Medical and sanitary report of the native army of Madras for the year
Year: 1878
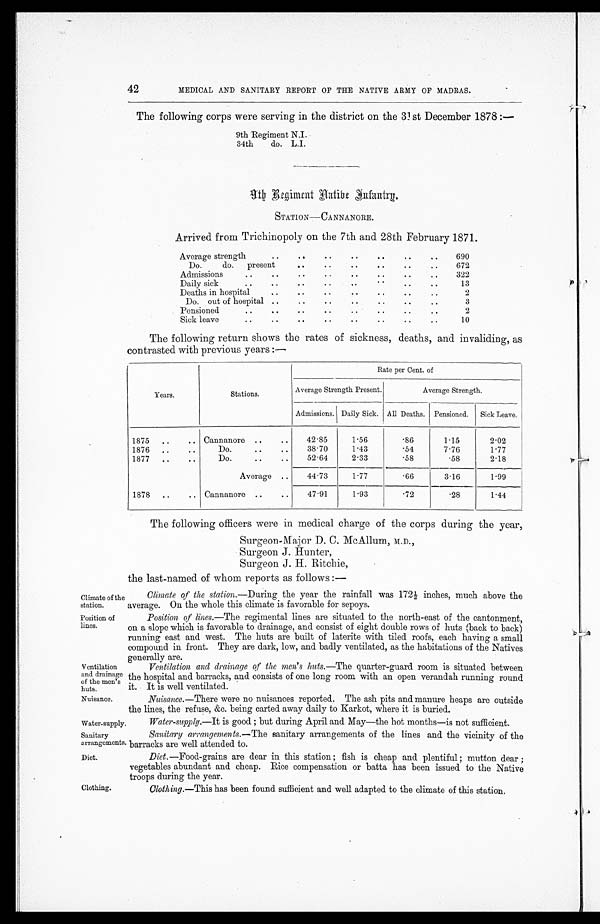
Sanitary
arrangements.
Diet.
Climate of the
station.
Position of
lines.
Ventilation
and drainage
of the men's
huts.
Nuisance.
Water-supply
42
MEDICAL AND SANITARY REPORT OF THE NATIVE ARMY OF MADRAS.
The following corps were serving in the district on the 31st December 1878
:
—
9th Regiment N.I.
3 4 t h d o . L . I .
9 t h R e g i m e n t N a t i v e I n f a n t r y .
STATION
—CANNANORE.
Arrived from Trichinopoly on the 7th and 28th February 1871.
Average strength
..
..
..
..
..
..
..
690
Do.
do.
present
..
..
..
..
.. ..
672
A d m i s s i o n . . .
..
..
..
..
..
..
322
Daily sick
..
. .
..
..
..
..
..
..
13
Deaths in hospital
.. ..
..
..
..
..
..
2
Do. out of hospital .
..
..
..
..
..
..
3
Pensioned
. . . .
..
..
..
..
..
..
2
Sick leave
. . . .
..
..
..
..
..
..
10
The following return shows the rates of sickness, deaths, and invaliding, as
contrasted with previous years :—
Years.
Stations .
Rate per Cent. of
Average Strength Present.
Average Strength.
Admissions. Daily Sick. All Deaths. Pensioned. Sick Leave.
1875 ..
.. Cannanore ..
..
42.85
1.56
.86
1.15
2.02
1876
. . . .
Do . . . . .
38.70
1.43
.54
7.76
1.77
1877 ..
..
Do.
..
..
52.64
2.33
.58
.58
2.18
Average ..
44.73
1.77
.66
3.16
1.99
1878 ..
Cannanore ..
..
47.91
1.93
.72
.28
1.44
The following officers were in medical charge of the corps during the year,
Surgeon-Major D. C. McAllum, M.D.,
Surgeon J. Hunter,
Surgeon J. H. Ritchie,
the last-named of whom reports as follows :
—
Climate of the station.— During the year the rainfall was 172½ inches, much above the
average. On the whole this climate is favorable for sepoys.
Position of lines. —The regimental lines are situated to the north-east of the cantonment,
on a slope which is favorable to drainage, and consist of eight double rows of huts (back to back)
running east and west. The huts are built of laterite with tiled roofs, each having a small
compound in front. They are dark, low, and badly ventilated, as the habitations of the Natives
generally are.
Ventilation and drainage of the men's huts.— The quarter-guard room is situated between
the hospital and barracks, and consists of one long room with an open verandah running round
it. It is well ventilated.
Nuisance.—There were no nuisances reported. The ash pits and manure heaps are outside
the lines, the refuse, &c. being carted away daily to Karkot, where it is buried.
Water-supply.—It is good ; but during April and May—the hot months—is not sufficient.
Sanitary arrangements.— The sanitary arrangements of the lines and the vicinity of the
barracks are well attended to.
Diet. —Food-grains are dear in this station ; fish is cheap and plentiful ; mutton dear ;
vegetables abundant and cheap. Rice compensation or batta has been issued to the Native
troops during the year.
Clothing.
Clothing.—This has been found sufficient and well adapted to the climate of this station.